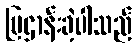
ပြဌာန်းခဲ့ပါသည်